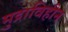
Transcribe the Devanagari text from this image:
मुद्राविहीन